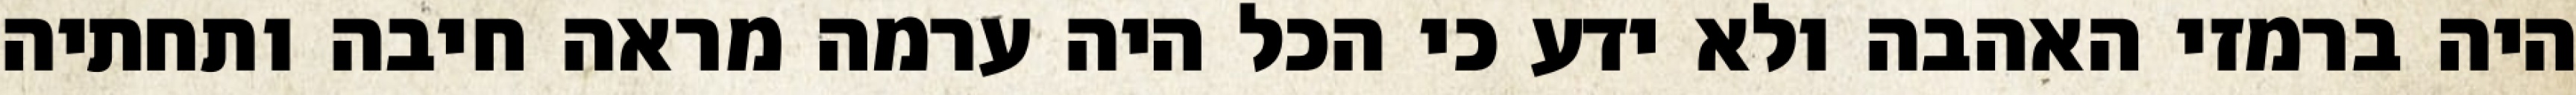
היה ברמזי האהבה ולא ידע כי הכל היה ערמה מראה חיבה ותחתיה